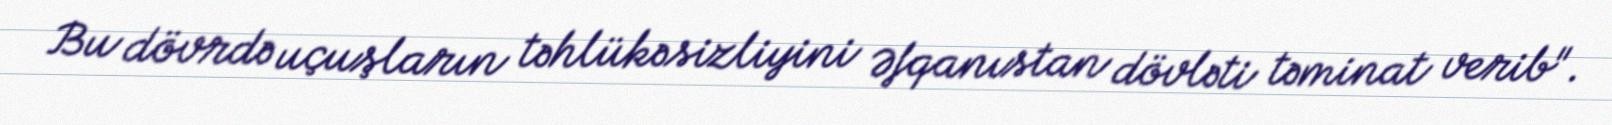
Bu dövrdə uçuşların təhlükəsizliyini Əfqanıstan dövləti təminat verib".